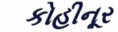
કોહીનૂર